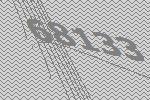
68133